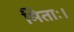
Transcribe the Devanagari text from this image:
मिताः।